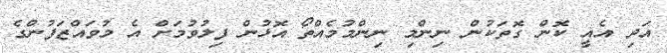
އަދި އެއީ ކޮން ގޮތަކުން ނިންމި ނިންމުމެއްތޯ އޮޅުން ފިލުވުމަށް އެ މުވައްޒަފުންގެ